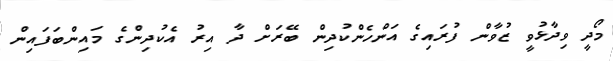
މޯދީ ވިދާޅުވީ ޒުވާން ފުރައިގެ އަންހެންކުދިން ބޭރަށް ދާ އިރު އެކުދިންގެ މައިންބަފައިން